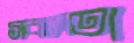
সবলতা